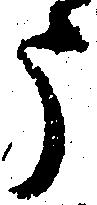
う